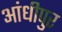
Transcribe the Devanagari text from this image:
आंधीपुर